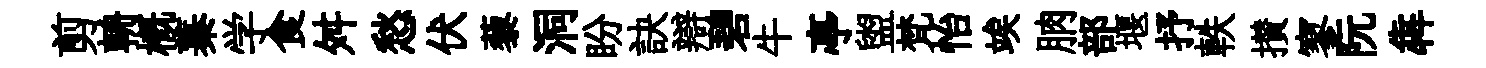
剪輈槪蓁学食舛愁伏藜洞盼訣辯碧牛亭盥梵怡竢朒部堰抒軼攅寥阮犇